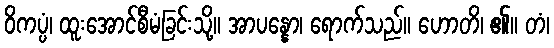
ဝိကပ္ပံ၊ ထူးအောင်စီမံခြင်းသို့။ အာပန္နော၊ ရောက်သည်။ ဟောတိ၊ ၏။ တံ၊